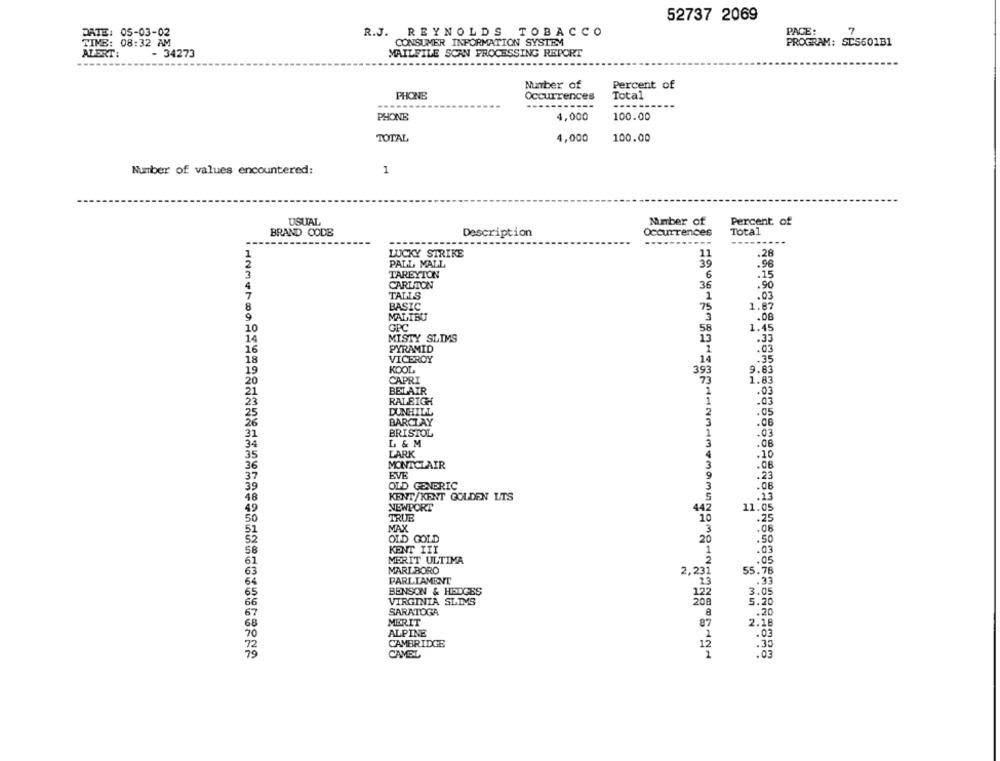
52737 2069
R.J. REYNOLDS TOBACCO
PACE:
7
DATE: 05-03-02
TIME: 08:32 AM
CONSUMER INFORMATION SYSTEM
PROGRAM: SCS601B1
ALERT:
- 34273
MAILFILE SCAN PROCESSING REPORT
---
Number of
Percent of
PHONE
Occurrences
Total
--------
-----------
PHONE
4,000
100.00
TOTAL
4,000
100.00
Number of values encountered:
1
Number of
Percent of
USUAL
BRAND CODE
Description
Occurrences
Total
LUCKY STRIKE
.28
PALL MALL
39
.96
TAREYION
6
.15
CARLTON
36
.90
TALLS
1
.03
BASIC
75
MALIBU
.08
GPC
58
MISTY SLIMS
.33
PYRAMID
1
: 03
VICEROY
14
.35
KOOL
393
9.83
CAPRI
73
1.83
BELAIR
.03
RALEIGH
.03
DUNHILL
.05
BARCLAY
BRISTOL
.03
L & M
LARK
.10
MONTCLAIR
.08
EVE
.23
39
OLD GENERIC
.08
48
KENT/KENT GOLDEN LTS
.23
NEWPORT
442
11.05
TRUE
.25
MAX
3
.08
OLD GOLD
20
KENT III
MERIT ULTIMA
MARLBORO
55.
2,23
13
PARLIAMENT
BENSON & HEDGES
12
VIRGINIA SLIMS
208
SARATOGA
8
MERIT
ALPINE
1
CAMBRIDGE
12
CAMEL
1